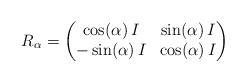
LaTeX: \begin{align*} R_{\alpha}=\begin{pmatrix} \cos (\alpha)\,I & \sin (\alpha)\,I \\ -\sin (\alpha)\,I & \cos (\alpha)\,I \\ \end{pmatrix} \end{align*}